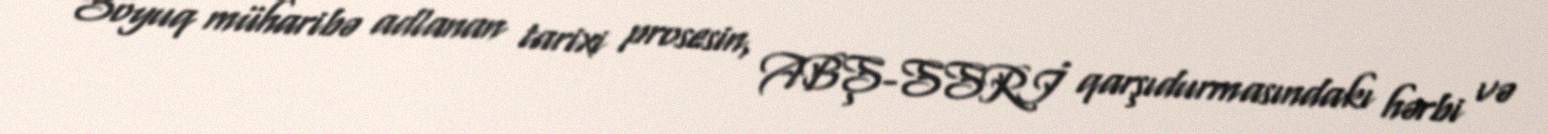
Soyuq müharibə adlanan tarixi prosesin, ABŞ-SSRİ qarşıdurmasındakı hərbi və